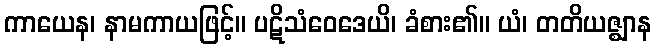
ကာယေန၊ နာမကာယဖြင့်။ ပဋိသံဝေဒေယိ၊ ခံစား၏။ ယံ၊ တတိယဇ္ဈာန